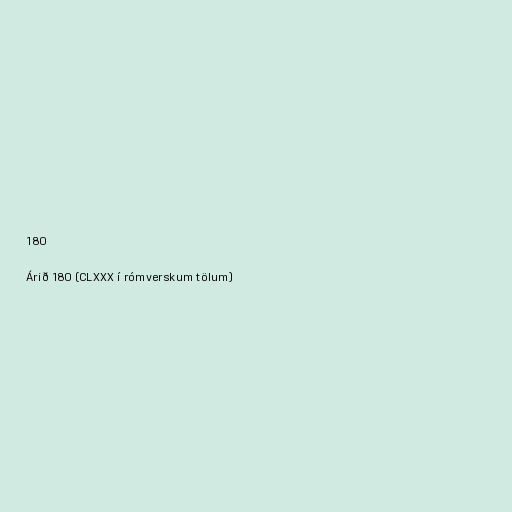
180

Árið 180 (CLXXX í rómverskum tölum)